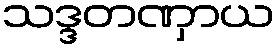
သဒ္ဒတဏှာယ